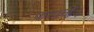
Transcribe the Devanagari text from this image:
कम्‍पनी।